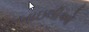
કબાઇલીઓ